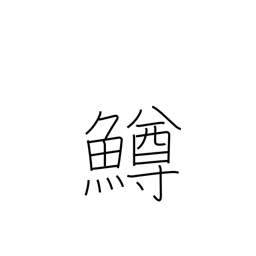
Meaning: salmon trout